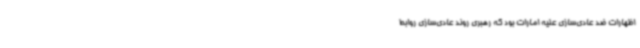
اظهارات ضد عادی‌سازی علیه امارات بود که رهبری روند عادی‌سازی روابط